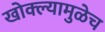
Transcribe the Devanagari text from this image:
खोक्ल्यामुळेच